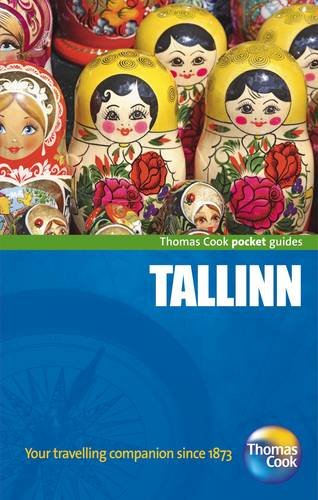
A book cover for Tallinn (Pocket Guides); Travel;